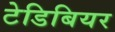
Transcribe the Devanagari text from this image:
टेडिबियर